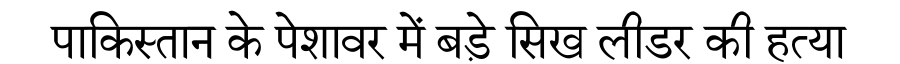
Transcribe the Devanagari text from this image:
पाकिस्तान के पेशावर में बड़े सिख लीडर की हत्या